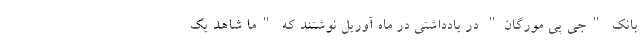
بانک "جی پی مورگان" در یادداشتی در ماه آوریل نوشتند که "ما شاهد یک